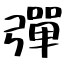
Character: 彈